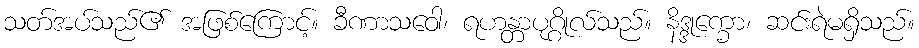
သတ်အပ်သည်၏ အဖြစ်ကြောင့်။ ခီဏာသဝေါ၊ ရဟန္တာပုဂ္ဂိုလ်သည်။ နိဒ္ဒုက္ခော၊ ဆင်းရဲမရှိသည်။